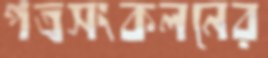
পত্রসংকলনের